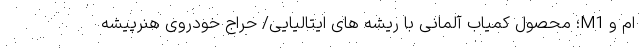
ام و M1؛ محصول کمیاب آلمانی با ریشه های ایتالیایی/ حراج خودروی هنرپیشه